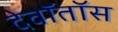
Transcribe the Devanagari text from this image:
देवॉतॉस